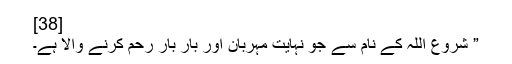
[38]
” شروع اللہ کے نام سے جو نہایت مہربان اور بار بار رحم کرنے والا ہے۔